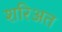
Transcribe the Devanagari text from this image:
शरिअत